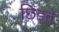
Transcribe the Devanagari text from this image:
छिड़ते